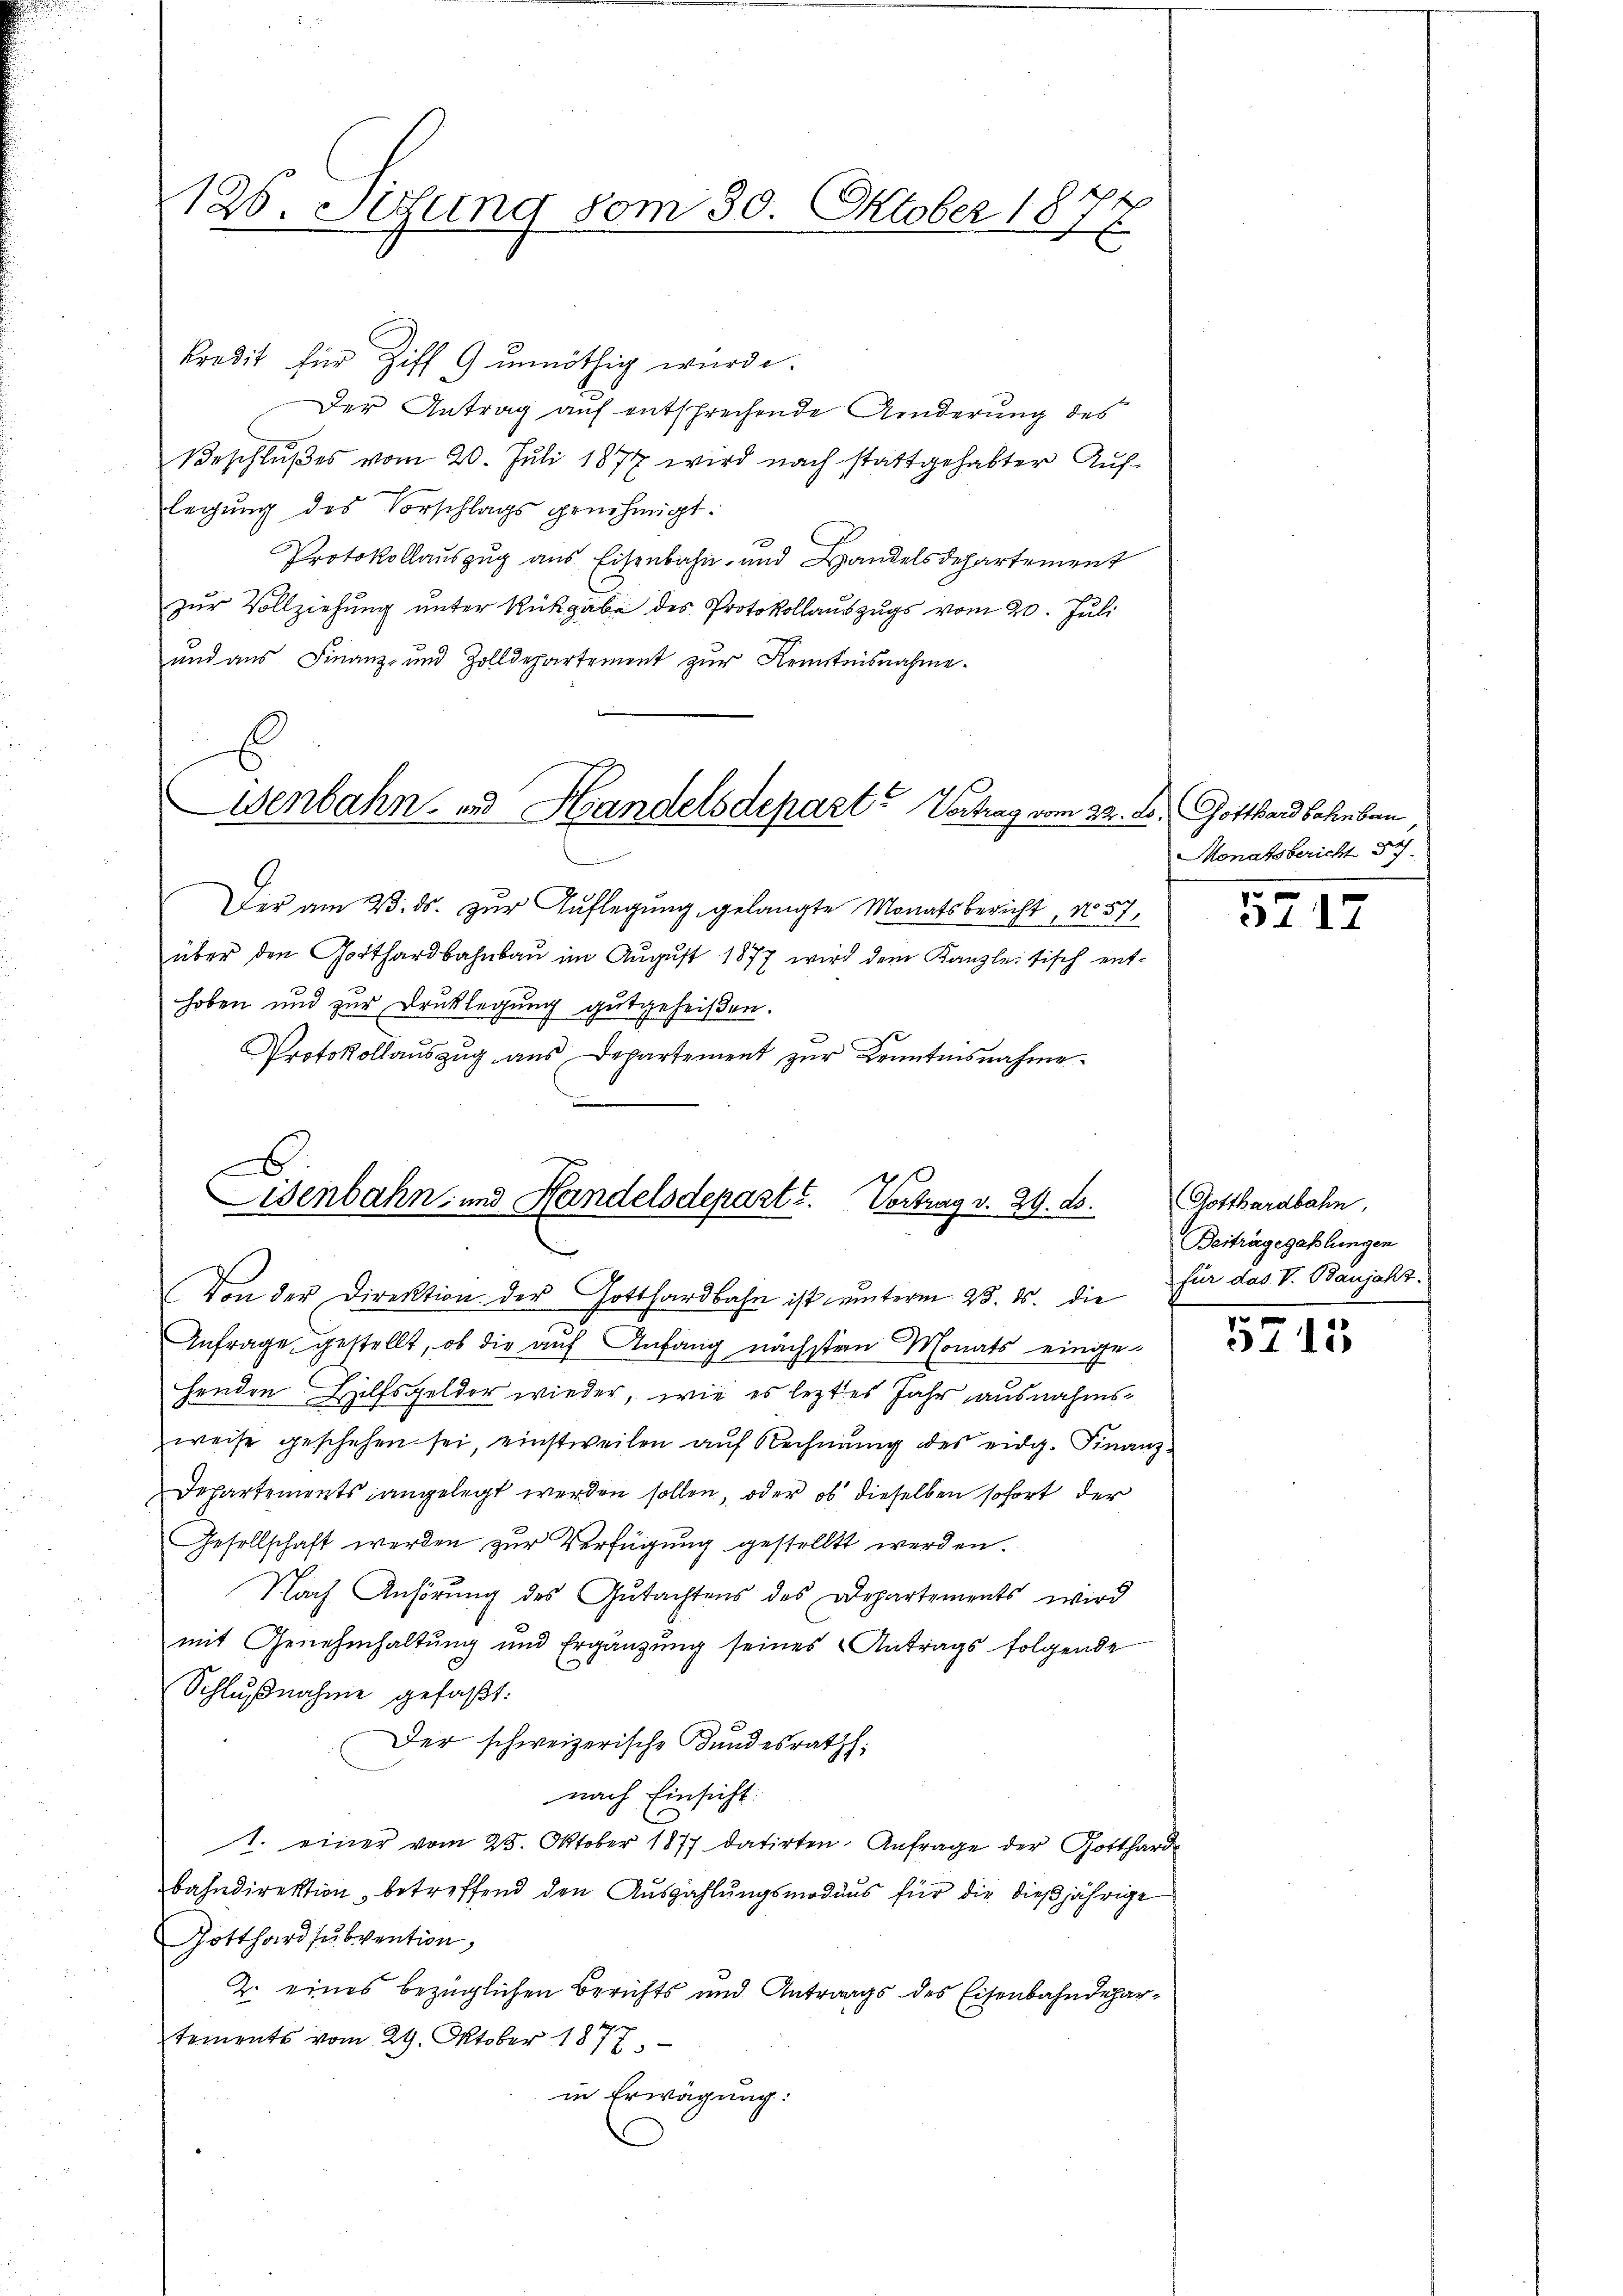
126. Situng vom 30. Oktober 1877

kredit für Ziff 9 unnöthig würde.
Der Antrag auf entsprechende Anderung des
Beschlußes vom 20. Juli 1877 wird nach stattgehabter Auflegung des Vorschlags genehmigt.
Protokollauszug aus Eisenbahn- und Handelsdepartement
zur Vollziehung unter Rückgabe des Protokollauszugs vom 20. Juli
und aus Finanz- und Zolldepartement zur Kenntnisnahme.
Wenbahn- und Handelsdepart? Vortrag vom 22. d. Gotthardbahnbau
Der am 23. ds. zur Auflegung gelangte Monatsbericht, No 57,
über den Gotthardbahnbau im August 1877 wird dem Kanzlei sisch enthoben und zur Drucklegung gutgeheißen.
Protokollaŭszŭg aŭs Departement zŭr Kenntnisnahme.

Lisenbahn- und Handelsdeparte. Vortrag v. 29. ds.

Von der Direktion der Gotthardbahn ist unterm 25. ds. die für das V. Banjahr.
Anfrage gestellt, ob die auf Anfang nächsten Monats einge-
henden Hilfsgelder wieder, wie es leztes Jahr ausnahmsweise geschehen sei, einstweilen auf Rechnung des eidg. Finanz-
Departements angelegt werden sollen, oder ob dieselben sofort der
Gesellschaft werden zur Verfügung gestellt werden.
Nach Anhörung des Gutachtens des Departements wird
mit Genehmhaltung und Ergänzung seines Antrags folgende
Schlŭβnahme gefaßt:
Der schweizerische Bundesrath:
nach Einsicht.
1. einer vom 28. Oktober 1877 datirten. Anfrage der Gotthard
bahndirektion betreffend den Auszahlungsmodaus für die dießjährige
Gotthardsubvention
2. eines bezüglichen Berichts und Antrags des Eisenbahndehartements vom 29. Oktober 1877
in Erwägung:

Monatsbericht 37.

5712

Gotthardbahn.
Beiträgezahlungen
n

5115